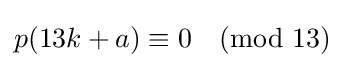
p(13k+a)\equiv 0{\pmod {13}}